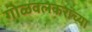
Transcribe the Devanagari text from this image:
गोळवलकरांच्या